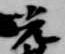
光